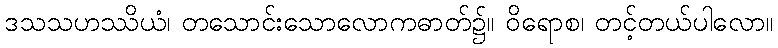
ဒသသဟဿိယံ၊ တသောင်းသောလောကဓာတ်၌။ ဝိရောစ၊ တင့်တယ်ပါလော။